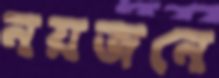
নয়জনে